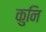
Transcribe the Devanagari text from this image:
कुनि